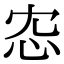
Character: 𢗐